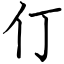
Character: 仃